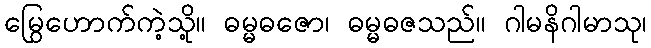
မြွေဟောက်ကဲ့သို့။ ဓမ္မဓဇော၊ ဓမ္မဓဇသည်။ ဂါမနိဂါမာသု၊